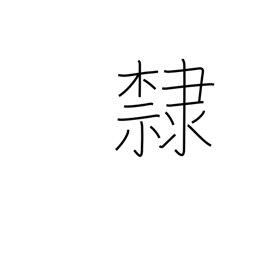
Meaning: prisoner